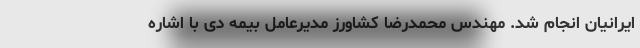
ایرانیان انجام شد. مهندس محمدرضا کشاورز مدیرعامل بیمه دی با اشاره